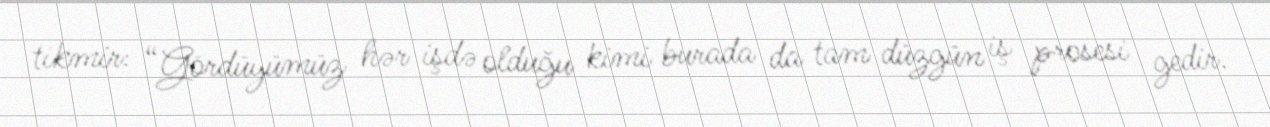
tikmir: “Gördüyümüz hər işdə olduğu kimi burada da tam düzgün iş prosesi gedir.